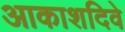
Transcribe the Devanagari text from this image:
आकाशदिवे